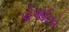
પોએટિકો